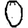
Digit: 0